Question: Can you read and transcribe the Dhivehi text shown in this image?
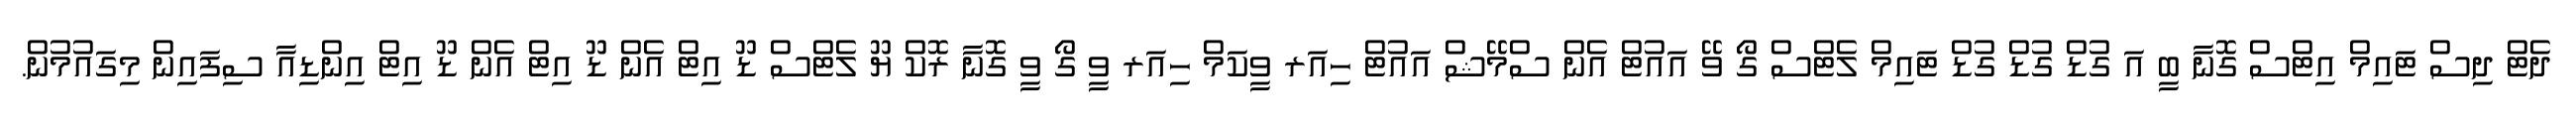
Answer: ދެޓް ދިސް ޓައިމް އިޓްސް ގޮނާ ބީ އަ ގުޑް ގުޑް ގުޑް ޓައިމް ލެޓްސް ގޯ ވޭ އައުޓް އެން ސްމޭޝް އައުޓް ހިއަރ ވީކަމް ހިއަރ ވީ ގޯ ވީ ގޮނާ ރޮކް ޔޫ ލެޓްސް ޑޫ އިޓް އެން ޑޫ އިޓް އެން ޑޫ އިޓް އިންޑިއާ ސިފައިން މިގައުމުން.